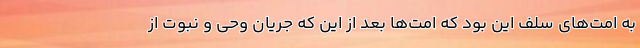
به امت‌های سلف این بود که امت‌ها بعد از این که جریان وحی و نبوت از